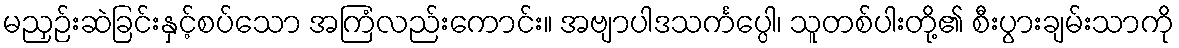
မညှဉ်းဆဲခြင်းနှင့်စပ်သော အကြံလည်းကောင်း။ အဗျာပါဒသင်္ကပ္ပေါ၊ သူတစ်ပါးတို့၏ စီးပွားချမ်းသာကို